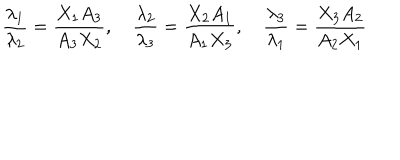
{ \frac { \lambda _ { 1 } } { \lambda _ { 2 } } } = { \frac { X _ { 1 } A _ { 3 } } { A _ { 3 } X _ { 2 } } } , \quad { \frac { \lambda _ { 2 } } { \lambda _ { 3 } } } = { \frac { X _ { 2 } A _ { 1 } } { A _ { 1 } X _ { 3 } } } , \quad { \frac { \lambda _ { 3 } } { \lambda _ { 1 } } } = { \frac { X _ { 3 } A _ { 2 } } { A _ { 2 } X _ { 1 } } }